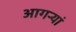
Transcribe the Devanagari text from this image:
आगऱ्यां